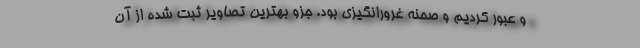
و عبور کردیم و صحنه غرورانگیزی بود. جزو بهترین تصاویر ثبت شده از آن